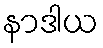
နာဒါယ